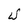
Character: W